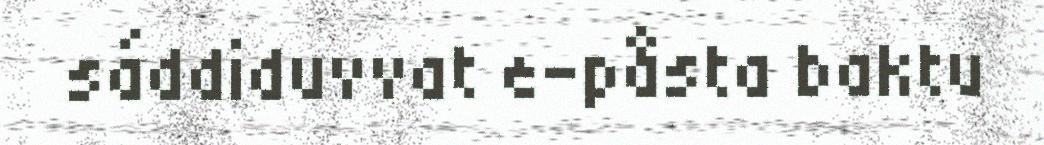
sáddiduvvat e-påsta baktu